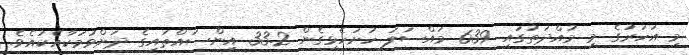
މި އަހަރުގެ މި މުއްދަތުގައި 639 މައްސަލަ ހުށަހެޅިގެން 33.2 އިންސައްތައިގެ ދަށްވުމަކާއެކުއެވެ.